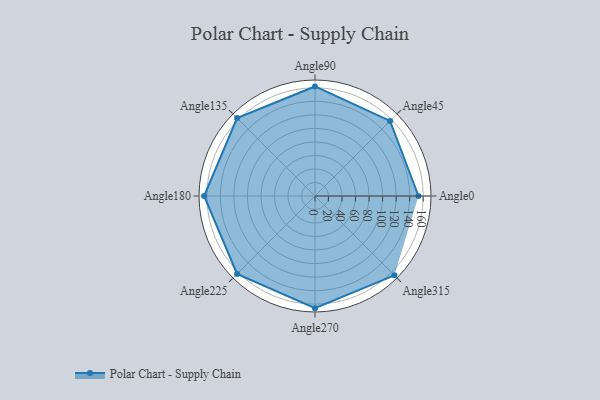
{"axis": {"x": "Angle", "y": "Radius"}, "legend": [""], "data": [{"x": "Angle0", "y": 153.0, "type": ""}, {"x": "Angle45", "y": 157.0, "type": ""}, {"x": "Angle90", "y": 162.0, "type": ""}, {"x": "Angle135", "y": 163.0, "type": ""}, {"x": "Angle180", "y": 164.0, "type": ""}, {"x": "Angle225", "y": 163.0, "type": ""}, {"x": "Angle270", "y": 166.0, "type": ""}, {"x": "Angle315", "y": 166.0, "type": ""}]}